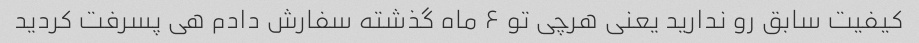
کیفیت سابق رو ندارید یعنی هرچی تو ۶ ماه گذشته سفارش دادم هی پسرفت کردید